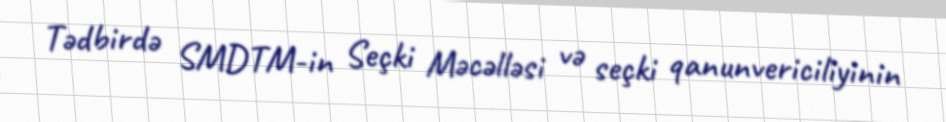
Tədbirdə SMDTM-in Seçki Məcəlləsi və seçki qanunvericiliyinin